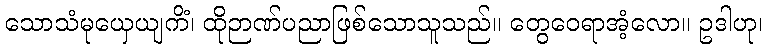
သောသံမုယှေယျကိံ၊ ထိုဉာဏ်ပညာဖြစ်သောသူသည်။ တွေဝေရာအံ့လော။ ဥဒါဟု၊